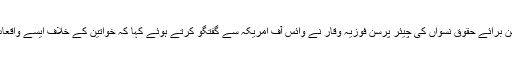
صوبہ پنجاب کے کمیشن برائے حقوقِ نسواں کی چیئر پرسن فوزیہ وقار نے وائس آف امریکہ سے گفتگو کرتے ہوئے کہا کہ خواتین کے خلاف ایسے واقعات کی کئی وجوہات ہیں۔